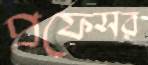
প্রফেসর